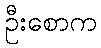
ဦးစောက